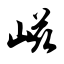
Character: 嵫